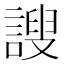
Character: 謏